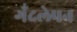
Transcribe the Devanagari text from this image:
गँदलेपन